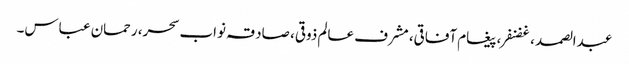
عبدالصمد ، غضنفر، پیغام آفاقی، مشرف عالم ذوقی، صادقہ نواب سحر، رحمان عباس۔